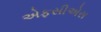
એફસીએસ